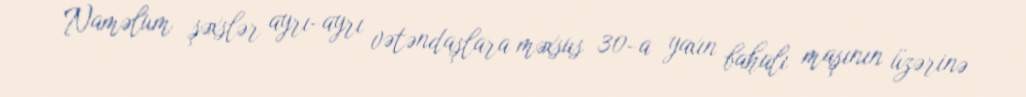
Naməlum şəxslər ayrı-ayrı vətəndaşlara məxsus 30-a yaxın bahalı maşının üzərinə